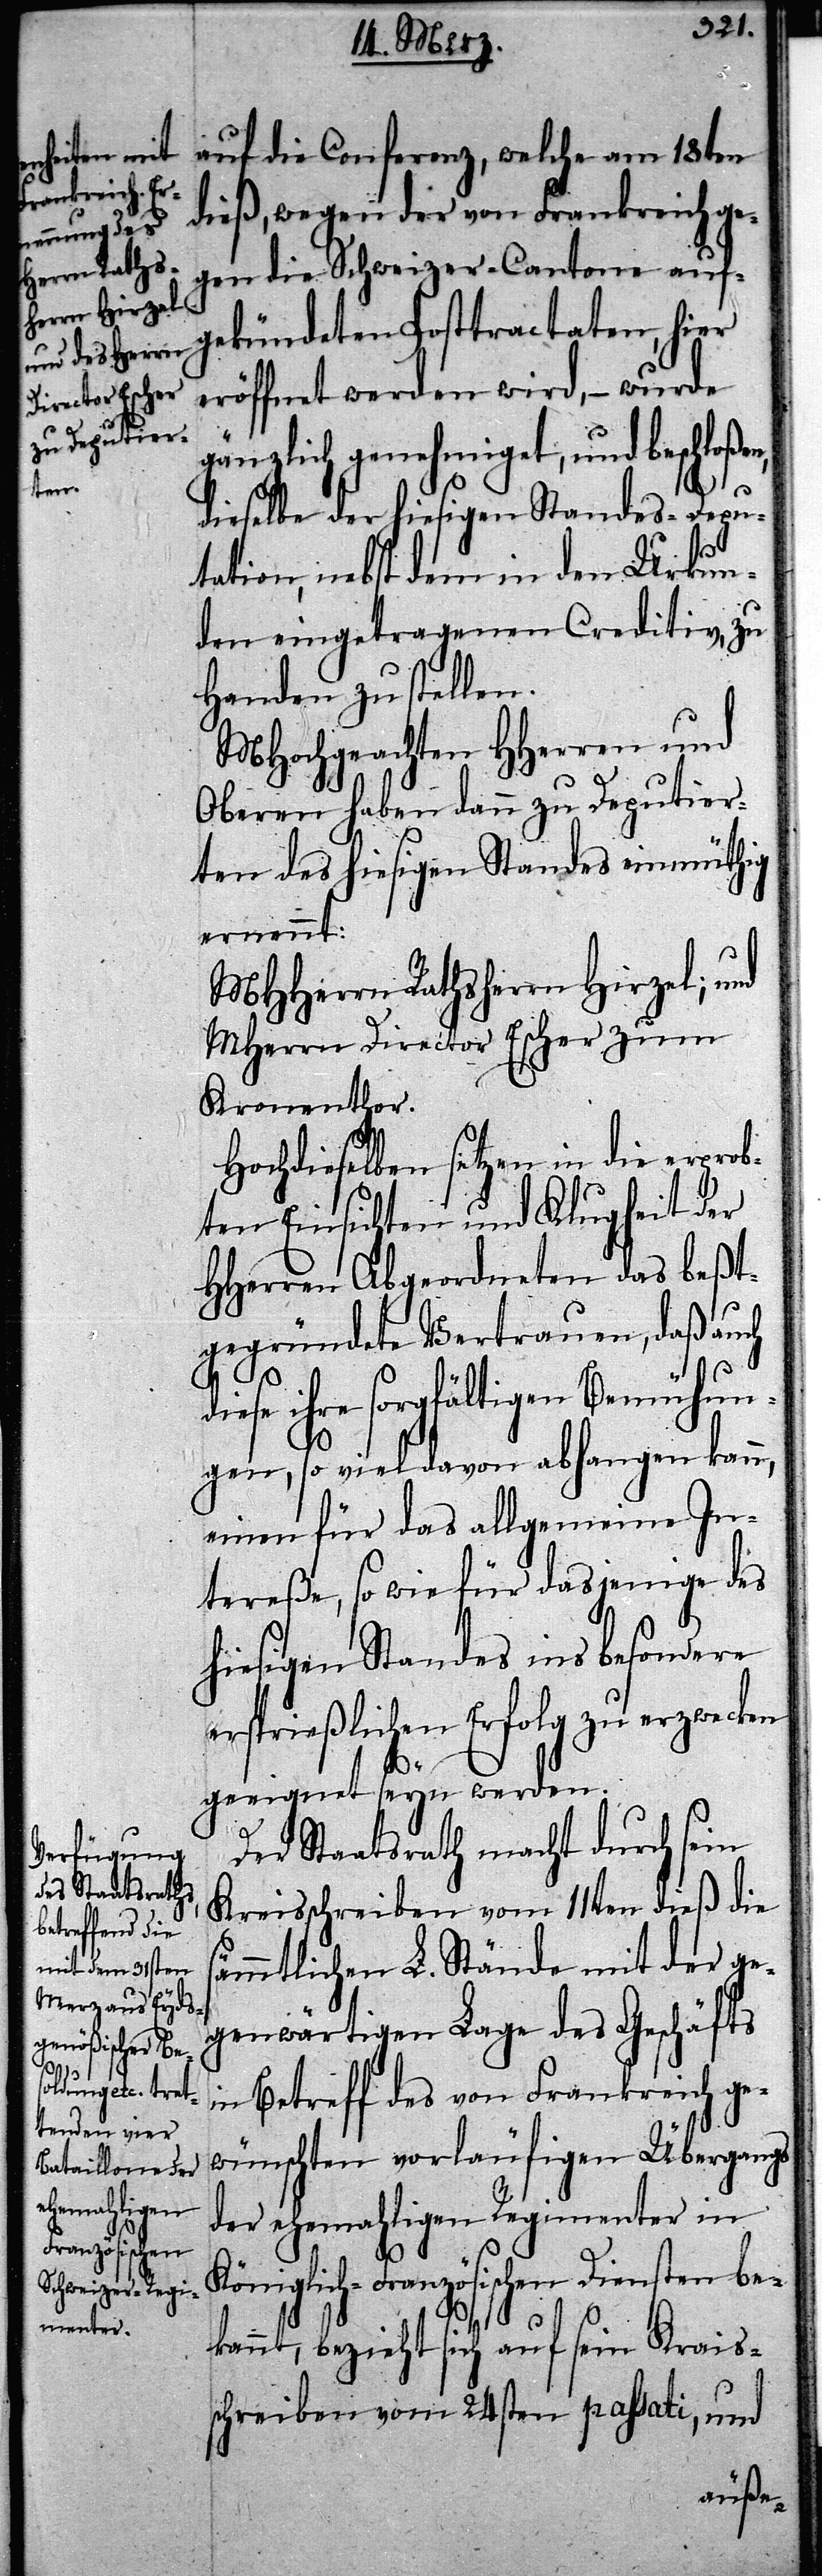
Kö¬
dieß, wegen der von Frankreich ge¬
gen die Schweizer-Cantone auf¬
gekündeten Posttractaten, hier
eröffnet werden wird, – wurde
gänzlich genehmiget, und beschlo¬
ßen,
dieselbe der hiesigen Standes-Depu¬
tation, nebst dem in den Urkun¬
den eingetragenen Creditiv, zu
Handen zu stellen.
MHochgeachten HHerren und
Oberen haben dann zu Deputier¬
ten des hiesigen Standes einmüthig
ernennt:
MHHerrn Rathsherrn Hirzel; und
MHerrn Director Escher zum
Kronenthor.
Hochdieselben setzten in die erprob¬
ten Einsichten und Klugheit der
HHerren Abgeordneten das Beßt¬
gegründete Vertrauen, daß auch
diese ihre sorgfältigen Bemühun¬
gen, so viel davon abhangen kann,
einen für das allgemeine In¬
tereße, so wie für dasjenige des
hiesigen Standes insbesondere
erspireßlichen Erfolg zu erzwecken
geeignet seyn werden.
Der Staatsrath macht durch sein
Kreisschreiben vom 11ten dieß die
sämmtlichen L. Stände mit der ge¬
genwärtigen Lage des Geschäfts
in Betreff des von Frankreich ge¬
wünschten vorläufigen Übergangs
der ehemahligen Regimenter in
niglich-Französischen Diensten bek¬
annt, bezieht sich auf sein Krais¬
schreiben vom 24sten passati, und